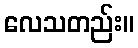
လေသတည်း။